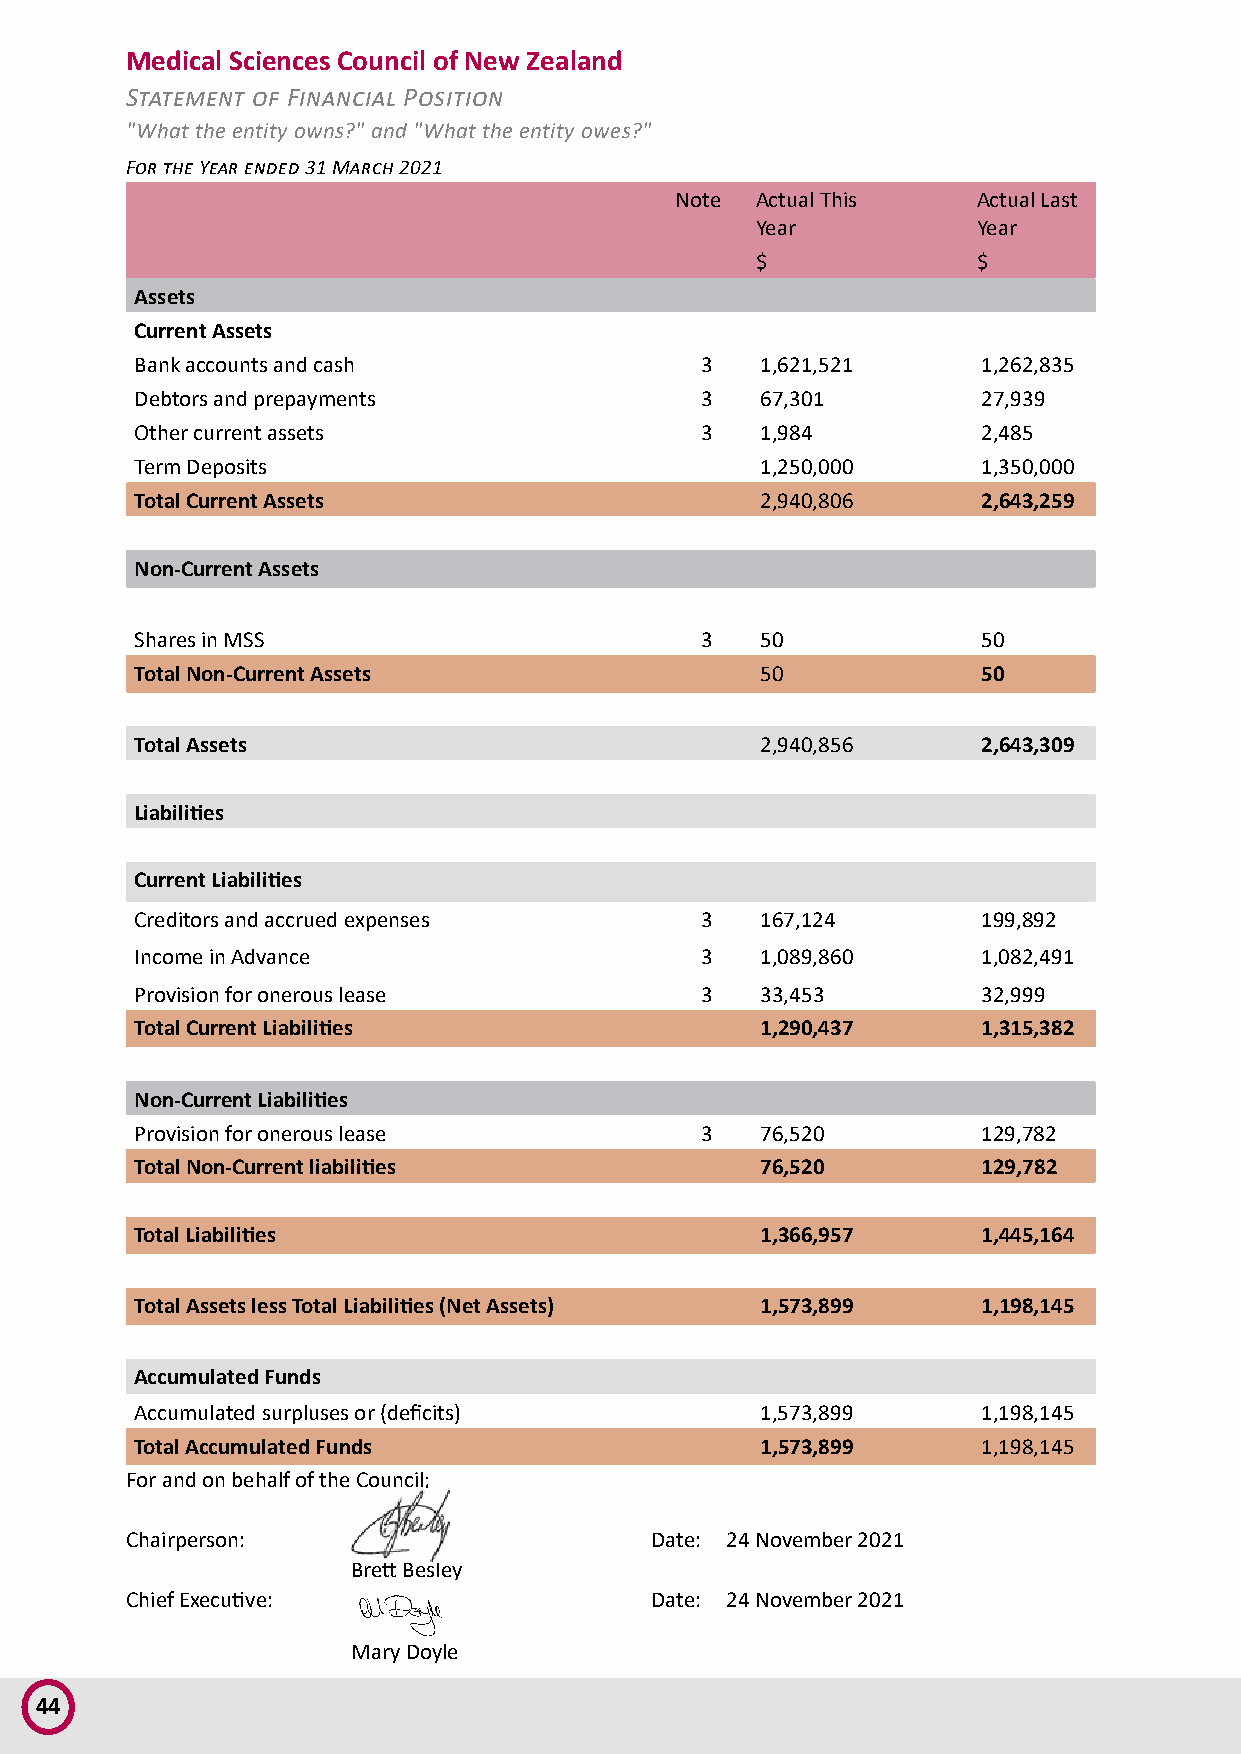
Medical Sciences Council of New Zealand
 Statement of Financial Position
 "What the entity owns?" and "What the entity owes?"
 For the Year ended 31 March 2021
 Note Actual This    Actual Last
 Year           Year
 $              $
 Assets
 Current Assets
 Bank accounts and cash               3   1,621,521      1,262,835
 Debtors and prepayments              3   67,301         27,939
 Other current assets                 3   1,984          2,485
 Term Deposits                            1,250,000      1,350,000
 Total Current Assets                     2,940,806      2,643,259
 Non-Current Assets
 Shares in MSS                        3   50             50
 Total Non-Current Assets                 50             50
 Total Assets                             2,940,856      2,643,309
 Liabilities
 Current Liabilities
 Creditors and accrued expenses       3   167,124        199,892
 Income in Advance                    3   1,089,860      1,082,491
 Provision for onerous lease          3   33,453         32,999
 Total Current Liabilities                1,290,437      1,315,382
 Non-Current Liabilities
 Provision for onerous lease          3   76,520         129,782
 Total Non-Current liabilities            76,520         129,782
 Total Liabilities                        1,366,957      1,445,164
 Total Assets less Total Liabilities (Net Assets) 1,573,899 1,198,145
 Accumulated Funds
 Accumulated surpluses or (deficits)      1,573,899      1,198,145
 Total Accumulated Funds                  1,573,899      1,198,145
 For and on behalf of the Council;
 Chairperson:                       Date: 24 November 2021
 Brett Besley
 Chief Executive:                   Date: 24 November 2021
 Mary Doyle
 44